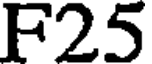
F25